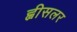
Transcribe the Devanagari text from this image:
ह्वीसलर